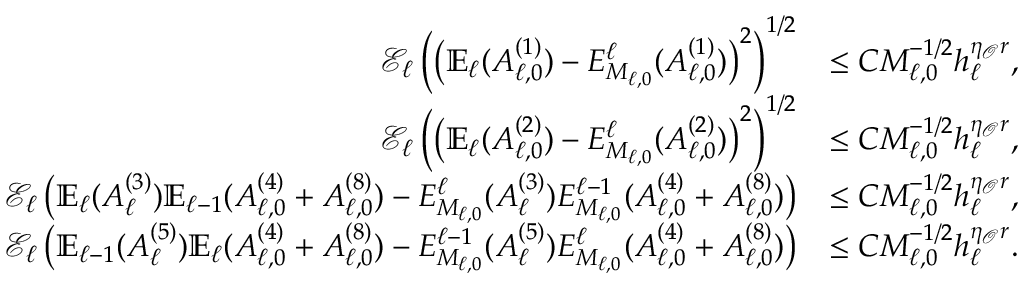
\begin{array} { r l } { \mathcal { E } _ { \ell } \left( \left( \mathbb { E } _ { \ell } ( A _ { \ell , 0 } ^ { ( 1 ) } ) - E _ { M _ { \ell , 0 } } ^ { \ell } ( A _ { \ell , 0 } ^ { ( 1 ) } ) \right) ^ { 2 } \right) ^ { 1 / 2 } } & { \le C M _ { \ell , 0 } ^ { - 1 / 2 } h _ { \ell } ^ { \eta _ { \mathcal { O } } r } , } \\ { \mathcal { E } _ { \ell } \left( \left( \mathbb { E } _ { \ell } ( A _ { \ell , 0 } ^ { ( 2 ) } ) - E _ { M _ { \ell , 0 } } ^ { \ell } ( A _ { \ell , 0 } ^ { ( 2 ) } ) \right) ^ { 2 } \right) ^ { 1 / 2 } } & { \le C M _ { \ell , 0 } ^ { - 1 / 2 } h _ { \ell } ^ { \eta _ { \mathcal { O } } r } , } \\ { \mathcal { E } _ { \ell } \left( \mathbb { E } _ { \ell } ( A _ { \ell } ^ { ( 3 ) } ) \mathbb { E } _ { \ell - 1 } ( A _ { \ell , 0 } ^ { ( 4 ) } + A _ { \ell , 0 } ^ { ( 8 ) } ) - E _ { M _ { \ell , 0 } } ^ { \ell } ( A _ { \ell } ^ { ( 3 ) } ) E _ { M _ { \ell , 0 } } ^ { \ell - 1 } ( A _ { \ell , 0 } ^ { ( 4 ) } + A _ { \ell , 0 } ^ { ( 8 ) } ) \right) } & { \le C M _ { \ell , 0 } ^ { - 1 / 2 } h _ { \ell } ^ { \eta _ { \mathcal { O } } r } , } \\ { \mathcal { E } _ { \ell } \left( \mathbb { E } _ { \ell - 1 } ( A _ { \ell } ^ { ( 5 ) } ) \mathbb { E } _ { \ell } ( A _ { \ell , 0 } ^ { ( 4 ) } + A _ { \ell , 0 } ^ { ( 8 ) } ) - E _ { M _ { \ell , 0 } } ^ { \ell - 1 } ( A _ { \ell } ^ { ( 5 ) } ) E _ { M _ { \ell , 0 } } ^ { \ell } ( A _ { \ell , 0 } ^ { ( 4 ) } + A _ { \ell , 0 } ^ { ( 8 ) } ) \right) } & { \le C M _ { \ell , 0 } ^ { - 1 / 2 } h _ { \ell } ^ { \eta _ { \mathcal { O } } r } . } \end{array}